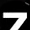
Digit: 7